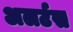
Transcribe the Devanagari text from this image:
अलर्टस